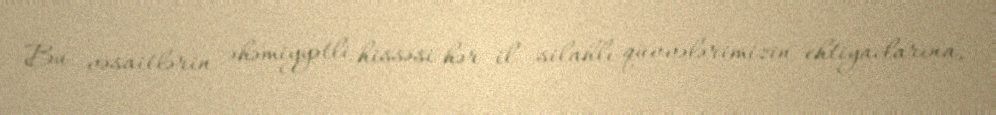
Bu vəsaitlərin əhəmiyyətli hissəsi hər il silahlı qüvvələrimizin ehtiyaclarına,